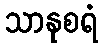
သာနုစရံ